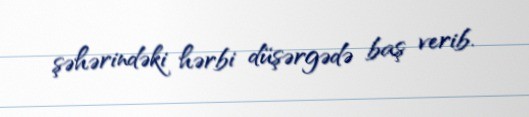
şəhərindəki hərbi düşərgədə baş verib.